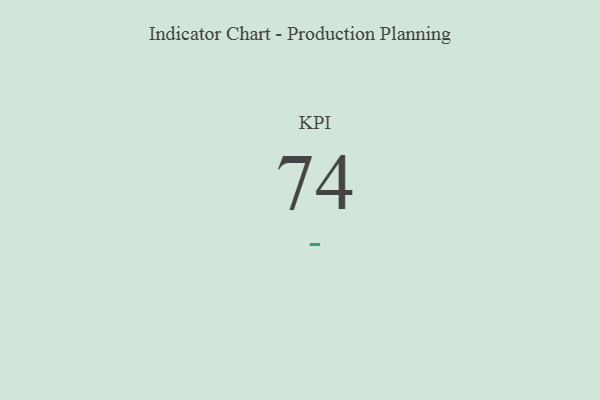
{"axis": {"x": "KPI", "y": "Value"}, "legend": [""], "data": [{"x": "KPI", "y": 74, "type": ""}]}